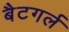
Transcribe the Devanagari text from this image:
बैटगर्ल